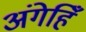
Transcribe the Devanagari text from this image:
अंगेहिँ